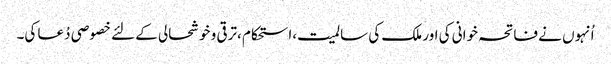
اُنہوں نے فاتحہ خوانی کی اور ملک کی سالمیت،استحکام ،ترقی و خوشحالی کے لئے خصوصی دُعا کی۔